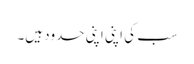
سب کی اپنی اپنی حدود ہیں۔